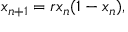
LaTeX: x _ { n + 1 } = r x _ { n } ( 1 - x _ { n } ) ,